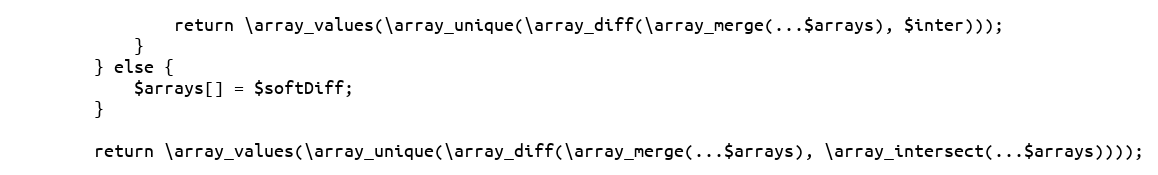
Language: PHP
                return \array_values(\array_unique(\array_diff(\array_merge(...$arrays), $inter)));
            }
        } else {
            $arrays[] = $softDiff;
        }

        return \array_values(\array_unique(\array_diff(\array_merge(...$arrays), \array_intersect(...$arrays))));